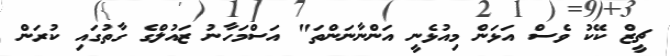
ޗީޒް ކޭކު ވެސް އަޅަން މިއުޅެނީ އަންނާނަންތަ" އަސްމަހާނު ޒައުލްގެ ގާތުގައި ކުރަން